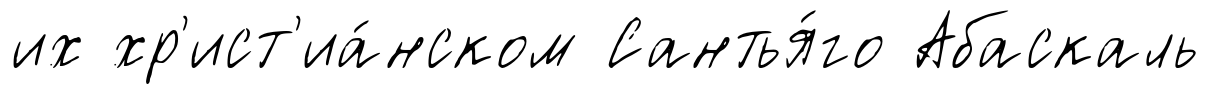
их хр'ист'иа́нском Сантья́го Абаскаль